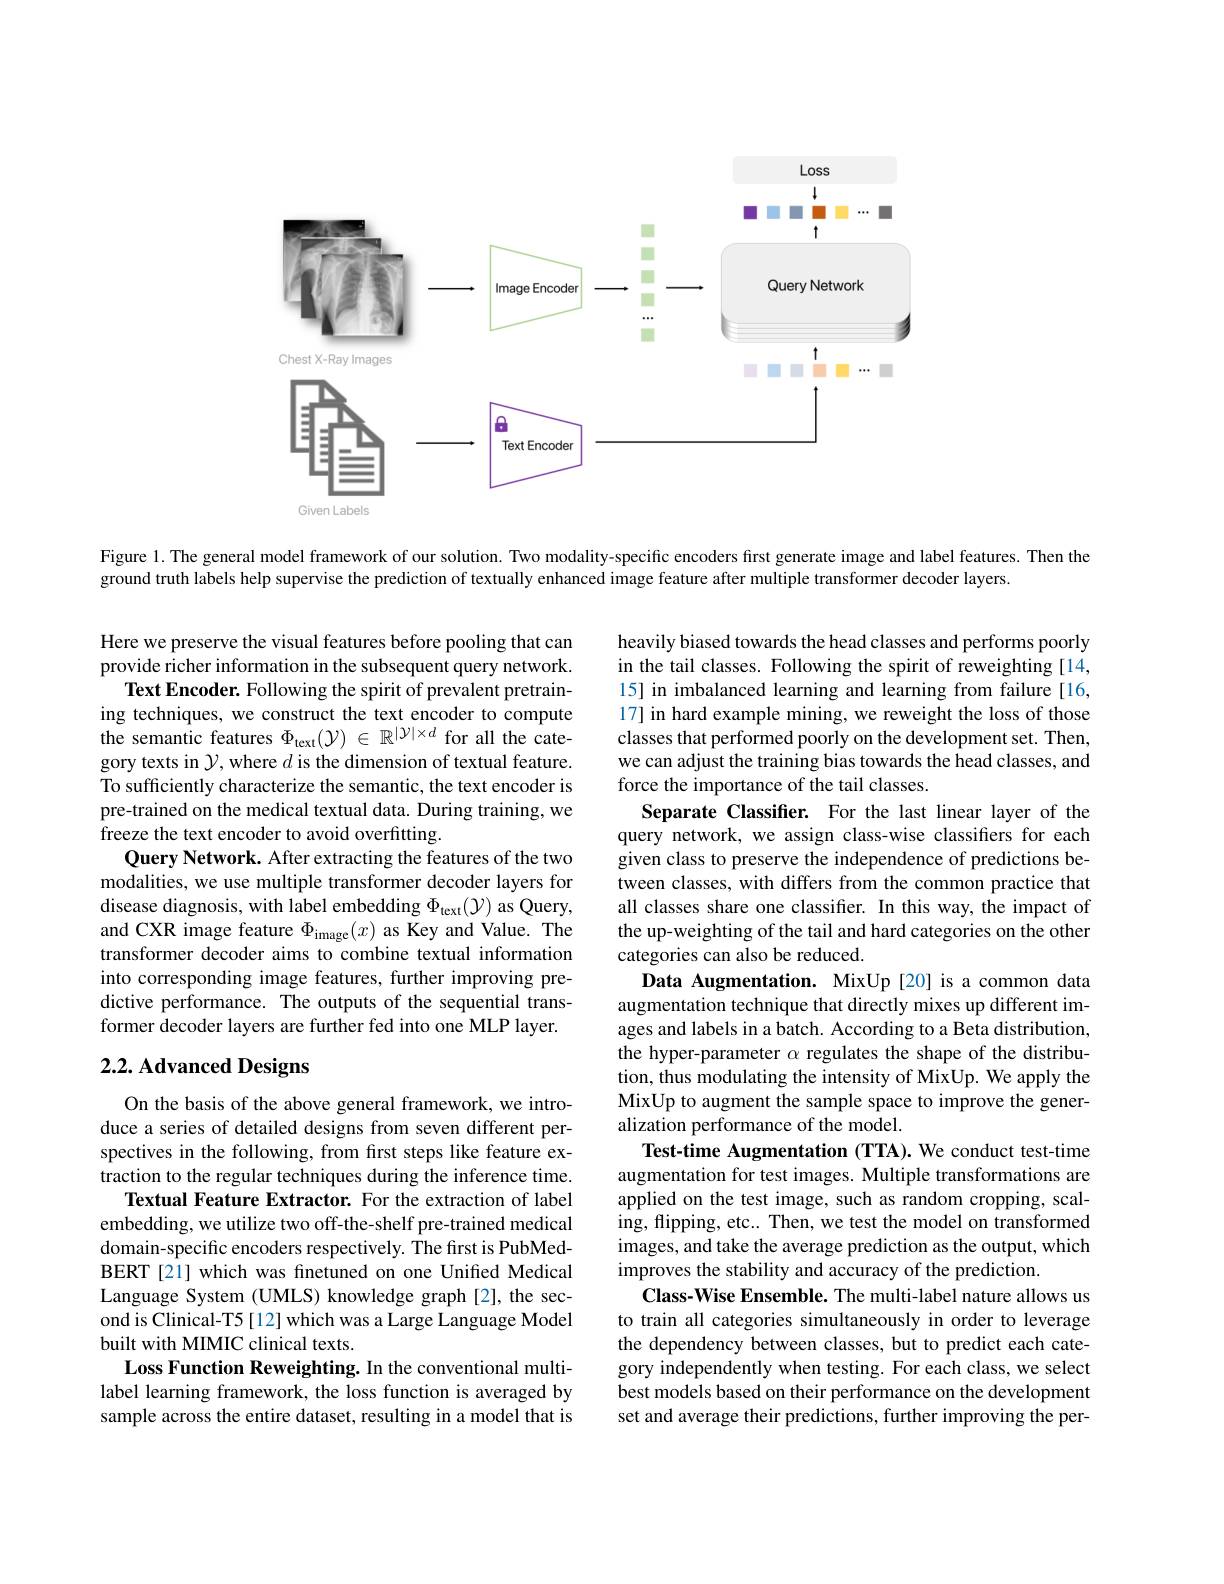
<FigureHere>

Figure 1. The general model framework of our solution. Two modality-specific encoders first generate image and label features. Then the
ground truth labels help supervise the prediction of textually enhanced image feature after multiple transformer decoder layers.

Here we preserve the visual features before pooling that can provide richer information in the subsequent query network.
Text Encoder. Following the spirit of prevalent pretraining techniques, we construct the text encoder to compute the semantic features $\Phi _\mathrm{text}( \mathcal{Y} ) \in \mathbb{R} ^{| \mathcal{Y} | \times d}$ for all the category texts in $\mathcal{Y}$,where $d$ is the dimension of textual feature. To sufficiently characterize the semantic, the text encoder is pre-trained on the medical textual data. During training, we freeze the text encoder to avoid overfitting.
Query Network. After extracting the features of the two modalities, we use multiple transformer decoder layers for disease diagnosis, with label embedding $\Phi _\mathrm{text}( \mathcal{Y} )$ as Query, and CXR image feature $\Phi_\mathrm(x)$ as Key and Value. The transformer decoder aims to combine textual information into corresponding image features, further improving predictive performance. The outputs of the sequential transformer decoder layers are further fed into one MLP layer.

heavily biased towards the head classes and performs poorly in the tail classes. Following the spirit of reweighting [14, 15] in imbalanced learning and learning from failure [16, 17] in hard example mining, we reweight the loss of those classes that performed poorly on the development set. Then, we can adjust the training bias towards the head classes, and force the importance of the tail classes.
Separate Classifier. For the last linear layer of the query network, we assign class-wise classifiers for each given class to preserve the independence of predictions between classes, with differs from the common practice that all classes share one classifier. In this way, the impact of the up-weighting of the tail and hard categories on the other categories can also be reduced.
Data Augmentation. MixUp[20] is a common data augmentation technique that directly mixes up different images and labels in a batch. According to a Beta distribution, the hyper-parameter $\alpha$ regulates the shape of the distribution, thus modulating the intensity of MixUp. We apply the MixUp to augment the sample space to improve the generalization performance of the model.
Test-time Augmentation (TTA). We conduct test-time augmentation for test images. Multiple transformations are applied on the test image, such as random cropping, scaling, flipping, etc... Then, we test the model on transformed images, and take the average prediction as the output, which improves the stability and accuracy of the prediction.
Class-Wise Ensemble. The multi-label nature allows us to train all categories simultaneously in order to leverage the dependency between classes, but to predict each category independently when testing. For each class, we select best models based on their performance on the development set and average their predictions, further improving the per-

## 2.2. Advanced Designs

On the basis of the above general framework, we introduce a series of detailed designs from seven different perspectives in the following, from frst steps like feature extraction to the regular techniques during the inference time.
Textual Feature Extractor. For the extraction of label embedding, we utilize two off-the-shelf pre-trained medical domain-specific encoders respectively. The first is PubMedBERT [21] which was finetuned on one Unified Medical Language System (UMLS) knowledge graph[2], the second is Clinical-T5 [12] which was a Large Language Model built with MIMIC clinical texts.
Loss Function Reweighting. In the conventional multilabel learning framework, the loss function is averaged by sample across the entire dataset, resulting in a model that is